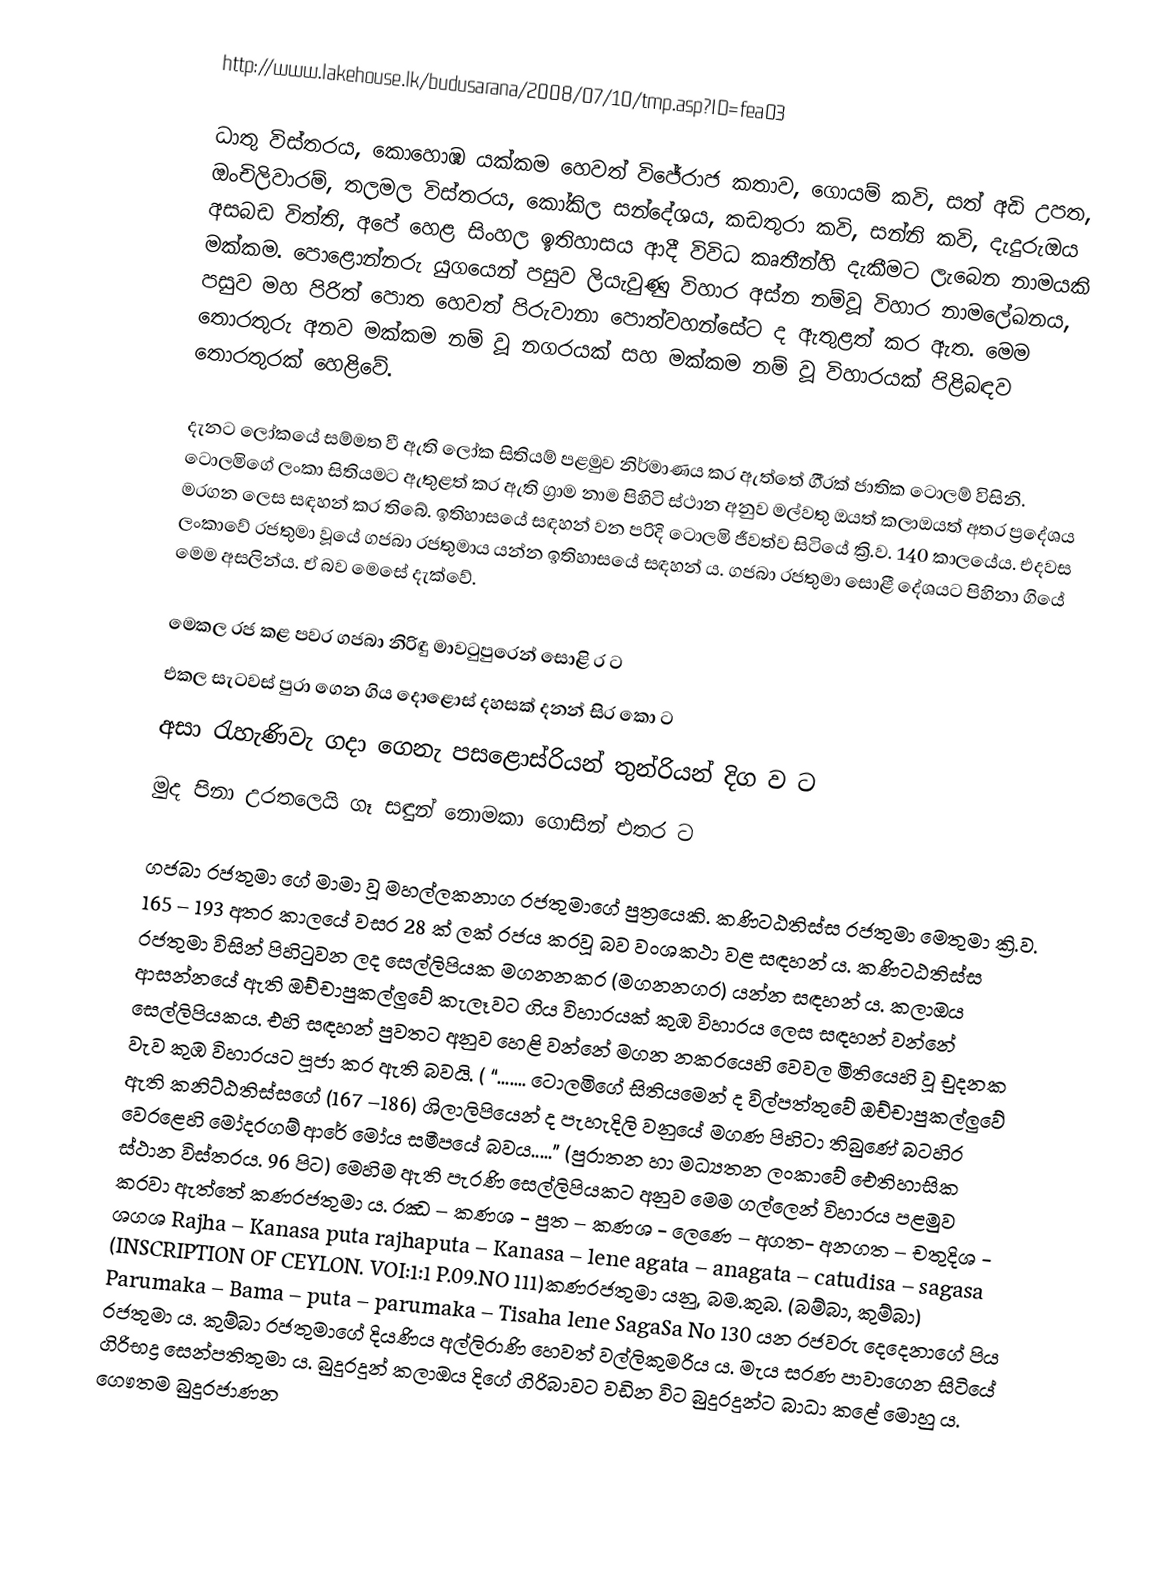
http://www.lakehouse.lk/budusarana/2008/07/10/tmp.asp?ID=fea03

ධාතු විස්තරය, කොහොඹ යක්කම හෙවත් විජේරාජ කතාව, ගොයම් කවි, සත් අඩි උපත, ඔංචිලිවාරම්, තලමල විස්තරය, කෝකිල සන්දේශය, කඩතුරා කවි, සන්නි කවි, දැදුරුඔය අසබඩ විත්ති, අපේ හෙළ සිංහල ඉතිහාසය ආදී විවිධ කෘතීන්හි දැකීමට ලැබෙන නාමයකි මක්කම. පොළොන්නරු යුගයෙන් පසුව ලියැවුණු විහාර අස්න නම්වූ විහාර නාමලේඛනය, පසුව මහ පිරිත් පොත හෙවත් පිරුවානා පොත්වහන්සේට ද ඇතුළත් කර ඇත. මෙම තොරතුරු අනව මක්කම නම් වූ නගරයක් සහ මක්කම නම් වූ විහාරයක් පිළිබඳව තොරතුරක් හෙළිවේ.

දැනට ලෝකයේ සම්මත වී ඇති ලෝක සිතියම් පළමුව නිර්මාණය කර ඇත්තේ ගී‍්‍රක් ජාතික ටොලම් විසිනි. ටොලමිගේ ලංකා සිතියමට ඇතුළත් කර ඇති ග්‍රාම නාම පිහිටි ස්ථාන අනුව මල්වතු ඔයත් කලාඔයත් අතර ප්‍රදේශය මරගන ලෙස සඳහන් කර තිබේ. ඉතිහාසයේ සඳහන් වන පරිදි ටොලමි ජීවත්ව සිටියේ ක්‍රි.ව. 140 කාලයේය. එදවස ලංකාවේ රජතුමා වූයේ ගජබා රජතුමාය යන්න ඉතිහාසයේ සඳහන් ය. ගජබා රජතුමා සොළී දේශයට පිහිනා ගියේ මෙම අසලින්ය. ඒ බව මෙසේ දැක්වේ.

මෙකල රජ කළ පවර ගජබා නිරිඳු මාවටුපුරෙන් සොළි ර               ට
එකල සැටවස් පුරා ගෙන ගිය දොළොස් දහසක් දනන් සිර කො     ට
අසා රැහැණිවැ ගදා ගෙනැ පසළොස්රියන් තුන්රියන් දිග ව             ට
මුද පිනා උරතලෙයි ගෑ සඳුන් නොමකා ගොසින් එතර                     ට

ගජබා රජතුමා ගේ මාමා වූ මහල්ලකනාග රජතුමාගේ පුත්‍රයෙකි. කණිටඨතිස්ස රජතුමා මෙතුමා ක්‍රි.ව. 165 – 193 අතර කාලයේ වසර 28 ක් ලක් රජය කරවූ බව වංශකථා වළ සඳහන් ය. කණිටඨතිස්ස රජතුමා විසින් පිහිටුවන ලද සෙල්ලිපියක මගනනකර (මගනනගර) යන්න සඳහන් ය. කලාඔය ආසන්නයේ ඇති ඔච්චාපුකල්ලුවේ කැලෑවට ගිය විහාරයක් කුඹ විහාරය ලෙස සඳහන් වන්නේ සෙල්ලිපියකය. එහි සඳහන් පුවතට අනුව හෙළි වන්නේ මගන නකරයෙහි වෙවල මිතියෙහි වූ චුදනක වැව කුඹ විහාරයට පූජා කර ඇති බවයි. ( “....... ටොලමිගේ සිතියමෙන් ද විල්පත්තුවේ ඔච්චාපුකල්ලුවේ ඇති කනිට්ඨතිස්සගේ (167 –186) ශිලාලිපියෙන් ද පැහැදිලි වනුයේ මගණ පිහිටා තිබුණේ බටහිර වෙරළෙහි මෝදරගම් ආරේ මෝය සමීපයේ බවය.....” (පුරාතන හා මධ්‍යතන ලංකාවේ ඓතිහාසික ස්ථාන විස්තරය. 96 පිට) මෙහිම ඇති පැරණි සෙල්ලිපියකට අනුව මෙම ගල්ලෙන් විහාරය පළමුව කරවා ඇත්තේ කණරජතුමා ය. රඣ – කණශ - පුත – කණශ - ලෙණෙ – අගත- අනගත – චතුදිශ - ශගශ Rajha – Kanasa puta rajhaputa – Kanasa – lene agata – anagata – catudisa – sagasa (INSCRIPTION OF CEYLON. VOI:1:1 P.09.NO 111)කණරජතුමා යනු, බම.කුබ. (බම්බා, කුම්බා) Parumaka – Bama – puta – parumaka – Tisaha lene SagaSa No 130 යන රජවරු දෙදෙනාගේ පිය රජතුමා ය. කුම්බා රජතුමාගේ දියණිය අල්ලිරාණි හෙවත් වල්ලිකුමරිය ය. මැය සරණ පාවාගෙන සිටියේ ගිරිභද්‍ර සෙන්පතිතුමා ය. බුදුරදුන් කලාඔය දිගේ ගිරිබාවට වඩින විට බුදුරදුන්ට බාධා කළේ මොහු ය. ගෞතම බුදුරජාණන